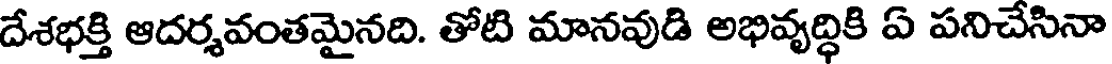
దేశభక్తి ఆదర్శవంతమైనది. తోటి మానవుడి అభివృద్ధికి ఏ పనిచేసినా